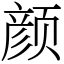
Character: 颜